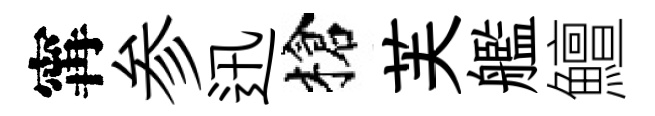
𡩋参迅槍芙艦鱣